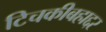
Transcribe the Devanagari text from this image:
टिचकीबहाद्दर